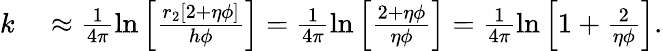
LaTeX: \begin{array}{rl}{k}&{{}\approx\frac{1}{4\pi}\ln{\left[\frac{r_{2}\left[2+\eta\phi\right]}{h\phi}\right]}=\frac{1}{4\pi}\ln{\left[\frac{2+\eta\phi}{\eta\phi}\right]}=\frac{1}{4\pi}\ln{\left[1+\frac{2}{\eta\phi}\right]}.}\end{array}